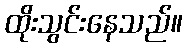
ထိုးသွင်းနေသည်။